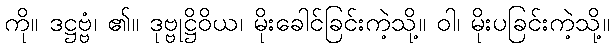
ကို။ ဒဋ္ဌဗ္ဗံ၊ ၏။ ဒုဗ္ဗုဋ္ဌိဝိယ၊ မိုးခေါင်ခြင်းကဲ့သို့။ ဝါ၊ မိုးပခြင်းကဲ့သို့။